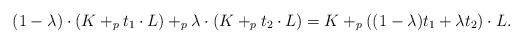
LaTeX: \begin{align*}(1-\lambda) \cdot (K +_p t_1 \cdot L) +_p \lambda \cdot (K+_p t_2 \cdot L) = K +_p ((1-\lambda) t_1 + \lambda t_2) \cdot L .\end{align*}